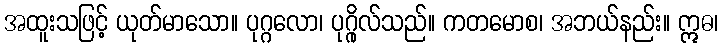
အထူးသဖြင့် ယုတ်မာသော။ ပုဂ္ဂလော၊ ပုဂ္ဂိုလ်သည်။ ကတမောစ၊ အဘယ်နည်း။ ဣဓ၊